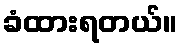
ခံထားရတယ်။